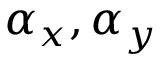
\alpha _ { x } ^ { } , \alpha _ { y }